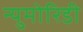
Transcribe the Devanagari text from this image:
न्युमोरिडी